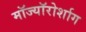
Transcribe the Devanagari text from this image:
मॉज्यॉरोर्शाग